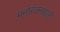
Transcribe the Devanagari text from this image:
मनोरंजनकारी